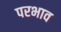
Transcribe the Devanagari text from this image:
परभाव